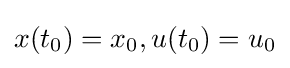
x(t_{0})=x_{0},u(t_{0})=u_{0}